Leaving Certificate Examination (including Day School Certificate (Higher) General paper), 1927
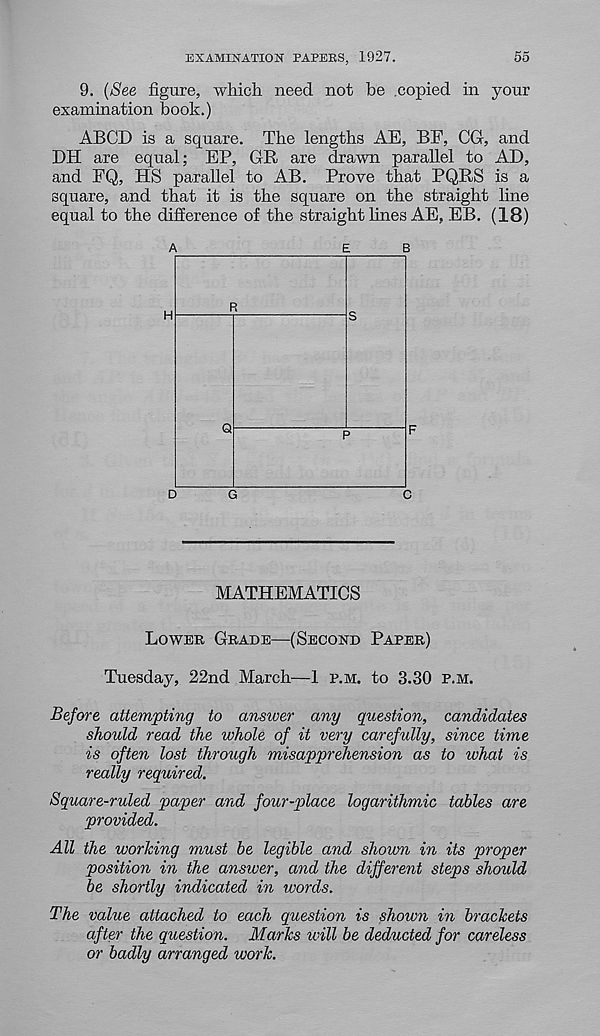
EXAMINATION PAPERS, 1927.
55
9. (See figure, which need not he .copied in your
examination book.)
ABCD is a square. The lengths AE, BE, CG, and
DH are equal; EP, GR are drawn parallel to AD,
and FQ, HS parallel to AB. Prove that PQRS is a
square, and that it is the square on the straight line
equal to the difference of the straight fines AE, EB. (18)
MATHEMATICS
Lower Grade—(Second Paper)
Tuesday, 22nd March—1 p.m. to 3.30 p.m.
Before attempting to answer any question, candidates
should read the whole of it very carefully, since time
is often lost through misapprehension as to what is
really required.
Square-ruled paper and four-place logarithmic tables are
provided.
All the working must be legible and shown in its proper
position in the answer, and the different steps shoidd
be shortly indicated in words.
The value attached to each question is shown in brackets
after the question. Marks will be deducted for careless
or badly arranged work.